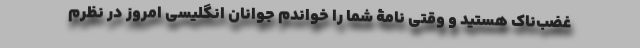
غضب‌ناک هستید و وقتی نامۀ شما را خواندم جوانان انگلیسی امروز در نظرم